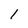
Character: 1